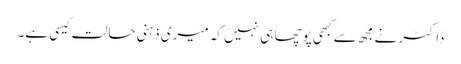
ڈاکٹر نے مجھ سے کبھی پوچھا ہی نہیں کہ میری ذہنی حالت کیسی ہے۔